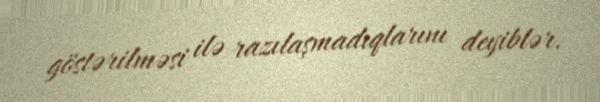
göstərilməsi ilə razılaşmadıqlarını deyiblər.